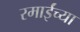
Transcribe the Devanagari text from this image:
रमाईंच्या